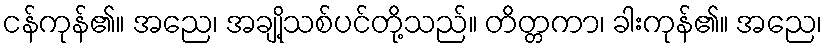
ငန်ကုန်၏။ အညေ၊ အချို့သစ်ပင်တို့သည်။ တိတ္တကာ၊ ခါးကုန်၏။ အညေ၊